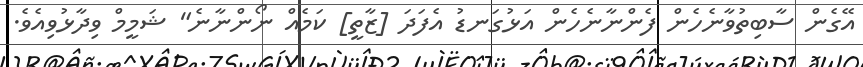
އޭގެން ސާބިތުވާނެހެން ފެންނާނެހެން އަޅުގަނޑު އެފަދަ [ޒާތީ] ކަމެއް ނޯންނާނެ" ޝަމީމް ވިދާޅުވިއެވެ.